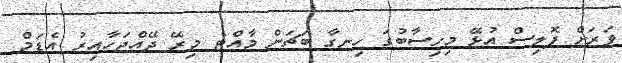
ވަރަށް ޕޮލިސް އުޅޭ މިހިސާބުގަ ހިނގާ ބަޗަން މާއްޓެ މިރޭ ދޭއްޖަހާއިރު އެޑަމް